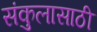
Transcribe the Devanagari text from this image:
संकुलासाठी